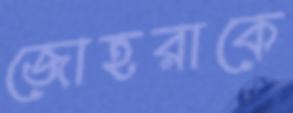
জোহরাকে